Civil Veterinary Department. United Provinces 1912-22 - 1912-1922
Year: 1912
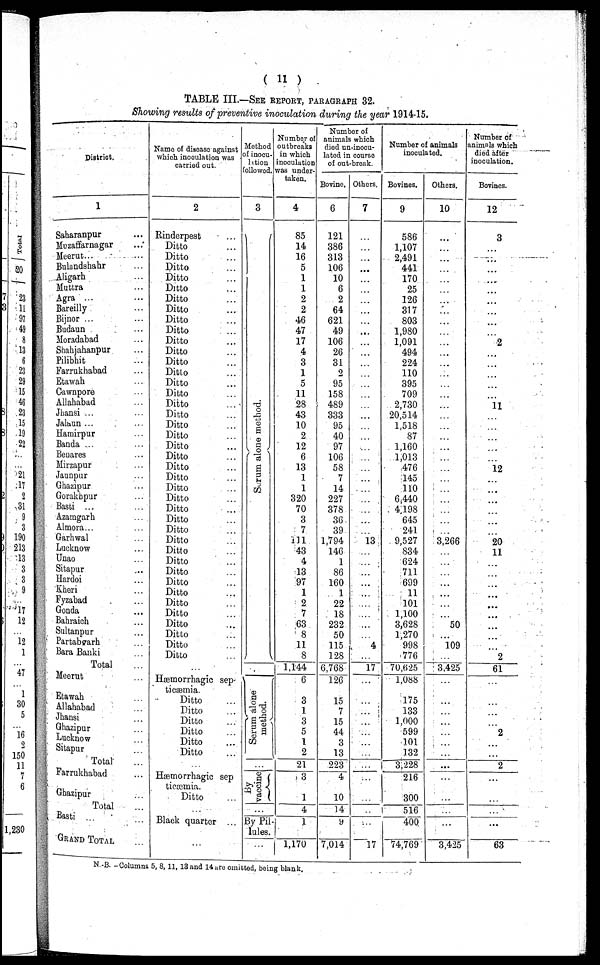
( 11 )
TABLE III.—SEE REPORT, PARAGRAPHS 32.
Showing results of preventive inoculation during the year 1914-15.
District.
1
Saharanpur …
Muzaffarnagar …
Meerut... …
Bulandshahr …
Aligarh …
Muttra …
Agra ...
Bareilly …
Bijnor ... …
Budaun …
Moradabad …
Shahjahanpur …
Pilibhit …
Farrukhabad …
Etawah …
Cawnpore …
Allahabad …
Jhansi ... …
Jaluun ... …
Hamirpur …
Banda ... …
Benares …
Mirzapur …
Jaunpur …
Ghazipur …
Gorakupur …
Basli ... …
Azamgarh …
Almora... …
Garhwal …
Lucknow …
Unao …
Sitapur …
Hardoi …
Kheri …
Fyzabad …
Gonda …
Bahraich …
Sultanpur …
Partabsarh …
Bara Banki …
Total …
Meerut …
Etawah …
Allahabad …
Jhausi …
Ghazipur …
Lucknow …
Sitapur …
Total …
Farrukhabad …
Ghazipur …
Total …
Basti ... …
GRAND TOTAL …
Name of discase against
which inoculation was
carried out.
2
Rinderpest …
Ditto …
Ditto …
Ditto …
Ditto …
Ditto …
Ditto …
Ditto …
Ditto …
Ditto …
Ditto …
Ditto …
Ditto …
Ditto …
Ditto …
Ditto …
Ditto …
Ditto …
Ditto …
Ditto …
Ditto …
Ditto …
Ditto …
Ditto …
Ditto …
Ditto …
Ditto …
Ditto …
Ditto …
Ditto …
Ditto …
Ditto …
Ditto …
Ditto …
Ditto …
Ditto …
Ditto …
Ditto …
Ditto …
Ditto …
Ditto …
…
Hæmorrhagic sep-
ticæmia.
Ditto …
Ditto …
Ditto …
Ditto …
Ditto …
Ditto …
…
Hæmorrhagic sep
ticæmia.
Ditto …
Black quarter ...
…
Method
of inocu-
lation
followed.
3
Sc r
um alone method.
Sc r
um alone
method.
By
vaccine
By Pil
lules.
…
Number of
outbreaks
in which
inoculation
was under-
taken.
4
85
14
16
5
1
1
2
2
46
47
17
4
3
1
5
11
28
43
10
2
12
6
13
1
1
320
70
3
7
411
43
4
13
97
1
2
7
63
8
11
8
1,144
6
3
1
3
5
1
2
21
3
1
4
1
1,170
Number of
animals which
died un-inocu-
lated in course
of out-break.
Bovine.
6
121
386
313
106
10
6
2
64
621
49
106
26
31
2
95
158
489
333
95
40
97
106
58
7
14
227
378
36
39
1,794
146
1
86
160
1
22
18
232
50
115
128
6,768
126
15
7
15
44
3
13
223
4
10
14
9
7,014
Others.
7
…
…
…
…
…
…
…
…
…
…
…
…
…
…
…
…
…
…
…
…
…
…
…
…
…
…
…
…
…
13
…
...
…
…
…
…
…
…
…
4
…
17
…
…
…
…
…
…
…
…
…
…
…
…
17
Number of animals
inoculated.
Bovines.
9
586
1,107
2,491
441
170
25
126
317
803
1,980
1,091
494
224
110
395
709
2,730
20,514
1,518
87
1,160
1,013
476
145
110
6,440
4,198
645
241
9,527
834
624
711
699
11
101
1,100
3,628
1,270
998
776
70,625
1,088
175
133
1,000
599
101
132
3,228
216
300
516
400
74,769
Others.
10
…
…
…
…
…
…
…
…
…
…
…
…
…
…
…
…
…
…
…
…
…
…
…
…
…
…
…
…
…
3,266
…
...
…
…
…
…
…
50
…
109
...
3,425
…
…
…
...
…
…
…
...
…
…
…
...
3,425
Number of
animals which
died after
inoculation.
Bovines.
12
3
…
…
…
…
…
…
…
…
…
2
…
…
…
…
…
11
…
…
…
…
…
12
…
...
…
…
…
…
20
11
…
…
…
…
…
…
…
…
…
2
61
...
…
…
…
2
…
…
2
…
…
…
…
63
N -B. -Columns 5, 8, 11, 13 and 14 are omitted, being blank.